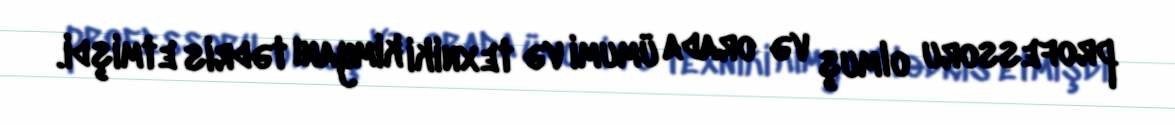
professoru olmuş və orada ümumi və texniki kimyanı tədris etmişdi.